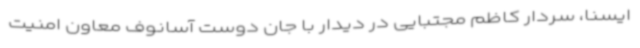
ایسنا، سردار کاظم مجتبایی در دیدار با جان دوست آسانوف معاون امنیت